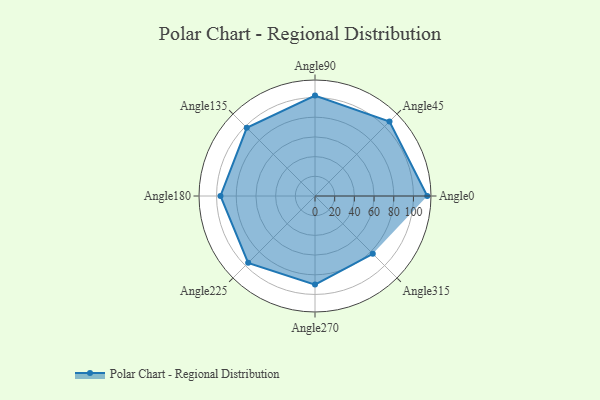
{"axis": {"x": "Angle", "y": "Radius"}, "legend": [""], "data": [{"x": "Angle0", "y": 114.0, "type": ""}, {"x": "Angle45", "y": 107.0, "type": ""}, {"x": "Angle90", "y": 102.0, "type": ""}, {"x": "Angle135", "y": 98.0, "type": ""}, {"x": "Angle180", "y": 96.0, "type": ""}, {"x": "Angle225", "y": 96.0, "type": ""}, {"x": "Angle270", "y": 90.0, "type": ""}, {"x": "Angle315", "y": 83.0, "type": ""}]}